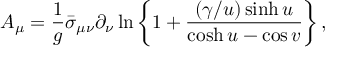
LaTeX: A _ { \mu } = \frac { 1 } { g } \bar { \sigma } _ { \mu \nu } \partial _ { \nu } \ln \left\{ 1 + \frac { ( \gamma / u ) \sinh u } { \cosh u - \cos v } \right\} ,